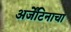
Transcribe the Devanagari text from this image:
अर्जेंटिनाचा